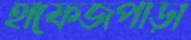
হাফেজপাড়া